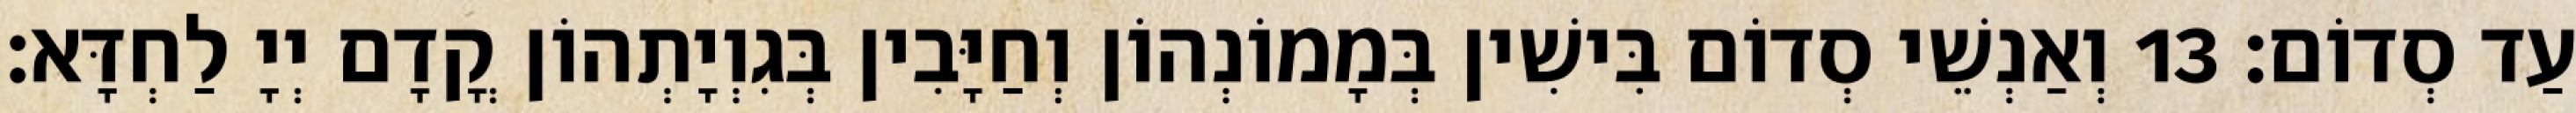
עַד סְדוֹם׃ 13 וְאַנְשֵׁי סְדוֹם בִּישִׁין בְּמָמוֹנְהוֹן וְחַיָּבִין בְּגִוְיָתְהוֹן קֳדָם יְיָ לַחְדָּא׃